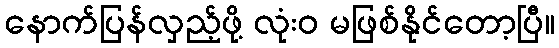
နောက်ပြန်လှည့်ဖို့ လုံးဝ မဖြစ်နိုင်တော့ပြီ။